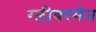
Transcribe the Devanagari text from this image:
ग्लीबरमेन